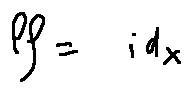
l f = i d _ { X }